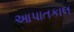
આપાતકાલ